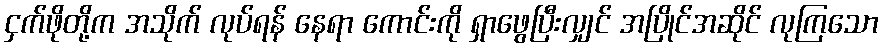
ငှက်ဖိုတို့က အသိုက် လုပ်ရန် နေရာ ကောင်းကို ရှာဖွေပြီးလျှင် အပြိုင်အဆိုင် လုကြသော